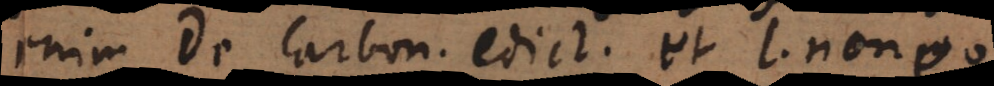
enim De Carbon. edict. et l. non eo